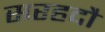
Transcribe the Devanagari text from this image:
सरहदौं